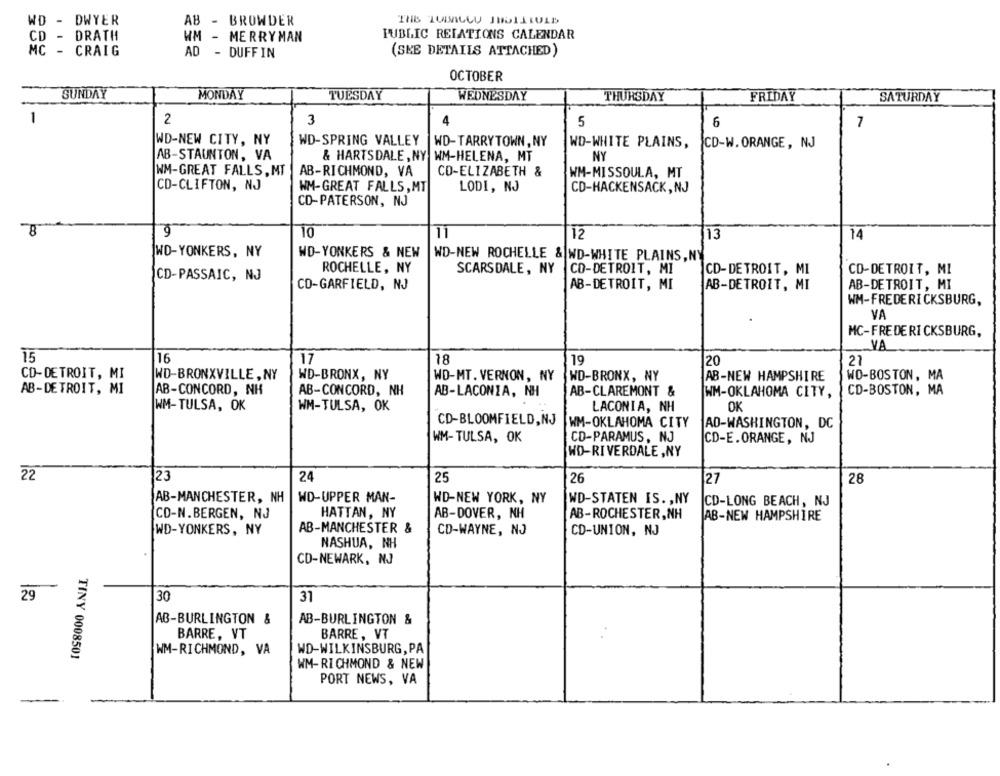
WD - DWYER
AB - BROWDER
CD - DRATH
WM - MERRYMAN
PUBLIC RELATIONS CALENDAR
MC - CRAIG
AD - DUFFIN
(SEE DETAILS ATTACHED)
OCTOBER
SUNDAY
MONDAY
TUESDAY
WEDNESDAY
THURSDAY
FRIDAY
SATURDAY
1
2
3
5
6
7
WD-NEW CITY, NY
WD-SPRING VALLEY
WD-TARRYTOWN , NY
WD-WHITE PLAINS,
CD-W. ORANGE, NJ
AB-STAUNTON, VA
& HARTSDALE , NY WM-HELENA, MT
NY
WM-GREAT FALLS, MT
AB-RICHMOND, VA
CO-ELIZABETH &
WM-MISSOULA, MT
CD-CLIFTON, NJ
WM-GREAT FALLS, MT
LODI, NJ
CD-HACKENSACK, NJ
CD-PATERSON, NJ
10
11
12
13
14
WD-YONKERS, NY
WD-YONKERS & NEW
WD-NEW ROCHELLE & ND-WHITE PLAINS, NY
ROCHELLE, NY
SCARSDALE, NY
CD-DETROIT, MI
CD-DETROIT, MI
CD-DETROIT, MI
CD-PASSAIC, NJ
CD-GARFIELD, NJ
AB-DETROIT, MI
AB-DETROIT, MI
AB-DETROIT, MI
WM-FREDERICKSBURG,
VA
MC-FREDERICKSBURG,
VA
15
16
17
18
19
20
27
CD-DETROIT, MI
WD-BRONXVILLE , NY
WD-BRONX, NY
WD-MT. VERNON, NY
WD-BRONX, NY
AB-NEW HAMPSHIRE
WD-BOSTON, MA
AB-DETROIT, MI
AB-CONCORD, NH
AB-CONCORD, NH
AB-LACONIA, NH
AB-CLAREMONT &
WM-OKLAHOMA CITY,
CD-BOSTON, MA
WM-TULSA, OK
WM-TULSA, OK
LACONIA, NH
OK
CD-BLOOMFIELD,NJ
WM-OKLAHOMA CITY
AD-WASHINGTON, DC
WM-TULSA, OK
CD-PARAMUS, NJ
CD-E.ORANGE, NJ
WD-RIVERDALE , NY
22
23
24
25
26
27
28
WD-UPPER MAN-
AB-MANCHESTER, NH
WD-NEW YORK, NY
WD-STATEN IS. , NY
CD-LONG BEACH, NJ
CD-N.BERGEN, NJ
HATTAN, NY
AB-DOVER, NH
AB-ROCHESTER,NH
AB-NEW HAMPSHIRE
AB-MANCHESTER &
WD-YONKERS, NY
CD-WAYNE, NO
CD-UNION, NJ
NASHUA, NH
CD-NEWARK, NJ
29
30
31
AB-BURLINGTON &
AB-BURLINGTON &
BARRE, VT
BARRE, VT
WM-RICHMOND, VA
WD-WILKINSBURG, PA
TINY 0008501
WM- RICHMOND & NEW
PORT NEWS, VA
-